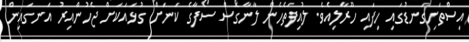
އިސްތަށިގަނޑުގައި ހިފައި ހޫރާލިއެވެ. ލުއިފަތެހެން ލާނާގޮސް ސޯފާގެ ކަނަށް ގުޅައަކަށް ޖެހުންއިރު އަނގައިން